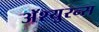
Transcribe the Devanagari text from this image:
अॅश्युरन्स